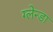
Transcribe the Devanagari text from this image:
ग्लेन्डा